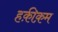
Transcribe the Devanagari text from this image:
हक़ीक़म